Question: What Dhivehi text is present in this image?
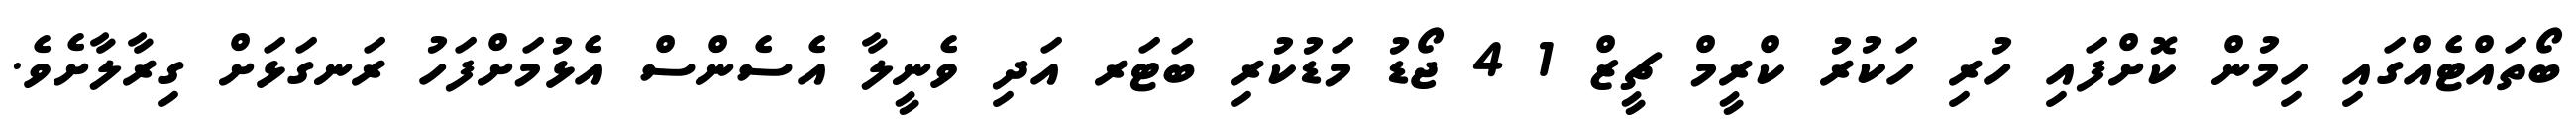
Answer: ބޯތައްޓެއްގައި ހިމުން ކޮށްފައި ހުރި ހަކުރު ކްރީމް ޗީޒް 1 4 ޖޯޑު މަޑުކުރި ބަޓަރ އަދި ވެނީލާ އެސެންސް އެޅުމަށްފަހު ރަނގަޅަށް ގިރާލާށެވެ.